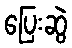
ပြေးဆွဲ